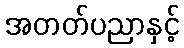
အတတ်ပညာနှင့်